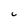
Character: C